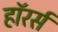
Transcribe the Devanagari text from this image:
हॉरर्स